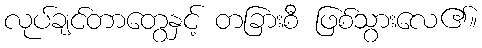
လုပ်ချင်တာတွေနှင့် တခြားစီ ဖြစ်သွားလေ၏။